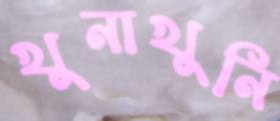
খুনাখুনি